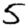
Digit: 5